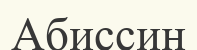
Абиссин